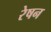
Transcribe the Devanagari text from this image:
रेषन